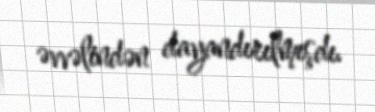
əvvəlindən dayandırılmışdı.